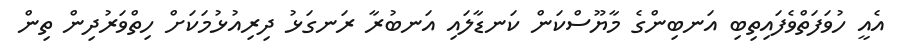
އެއީ ހުވަފަތްވެފައިތިބި އަނބިންގެ މާޔޫސްކަން ކަނޑާލައި އަނބުރާ ރަނގަޅު ދިރިއުޅުމަކަށް ހިތްވަރުދިން ތިން